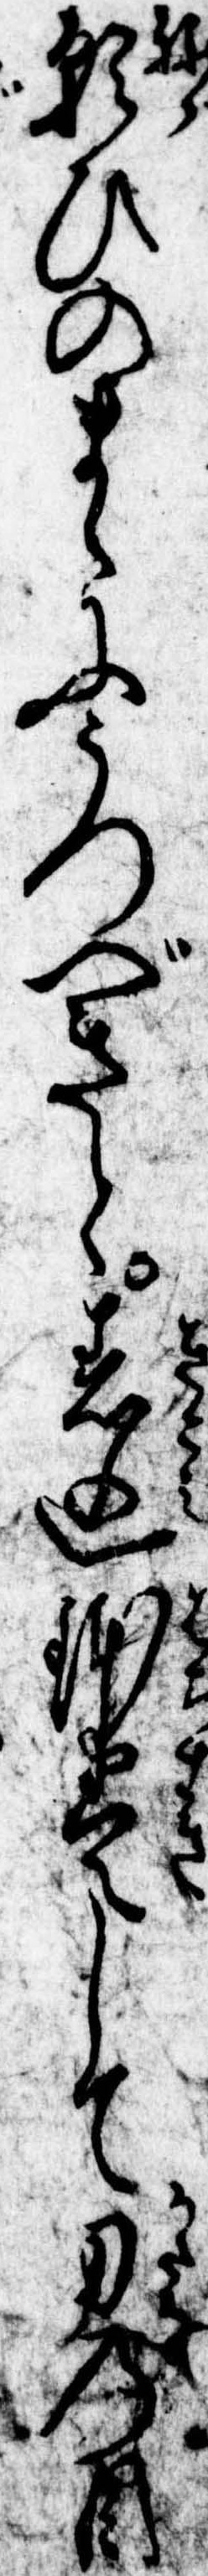
願ひのまゝにうつべきと着込鉢巻して刀の目